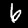
Label: 6